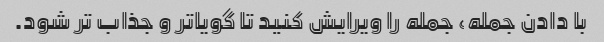
با دادن جمله، جمله را ویرایش کنید تا گویاتر و جذاب تر شود.